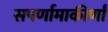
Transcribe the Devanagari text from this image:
सपर्णामाकीर्णां